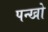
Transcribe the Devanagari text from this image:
पन्खो